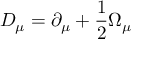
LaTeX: D _ { \mu } = \partial _ { \mu } + { \frac { 1 } { 2 } } \Omega _ { \mu }